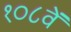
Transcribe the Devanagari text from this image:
१०८वें